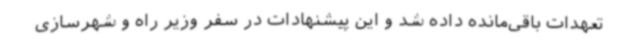
تعهدات باقی‌مانده داده شد و این پیشنهادات در سفر وزیر راه و شهرسازی